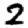
Digit: 2